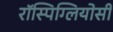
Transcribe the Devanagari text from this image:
रॉस्पिग्लियोसी